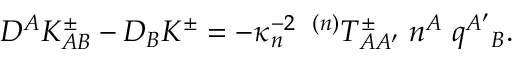
D ^ { A } K _ { A B } ^ { \pm } - D _ { B } K ^ { \pm } = - \kappa _ { n } ^ { - 2 } \; \; { } ^ { ( n ) } T _ { A A ^ { \prime } } ^ { \pm } \; n ^ { A } \; q ^ { A ^ { \prime } } { } _ { B } .